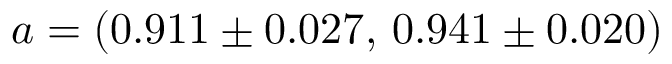
a = ( 0 . 9 1 1 \pm 0 . 0 2 7 , \, 0 . 9 4 1 \pm 0 . 0 2 0 )